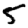
Digit: 5